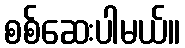
စစ်ဆေးပါမယ်။